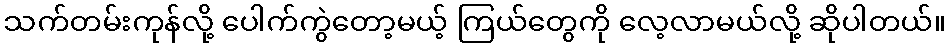
သက်တမ်းကုန်လို့ ပေါက်ကွဲတော့မယ့် ကြယ်တွေကို လေ့လာမယ်လို့ ဆိုပါတယ်။